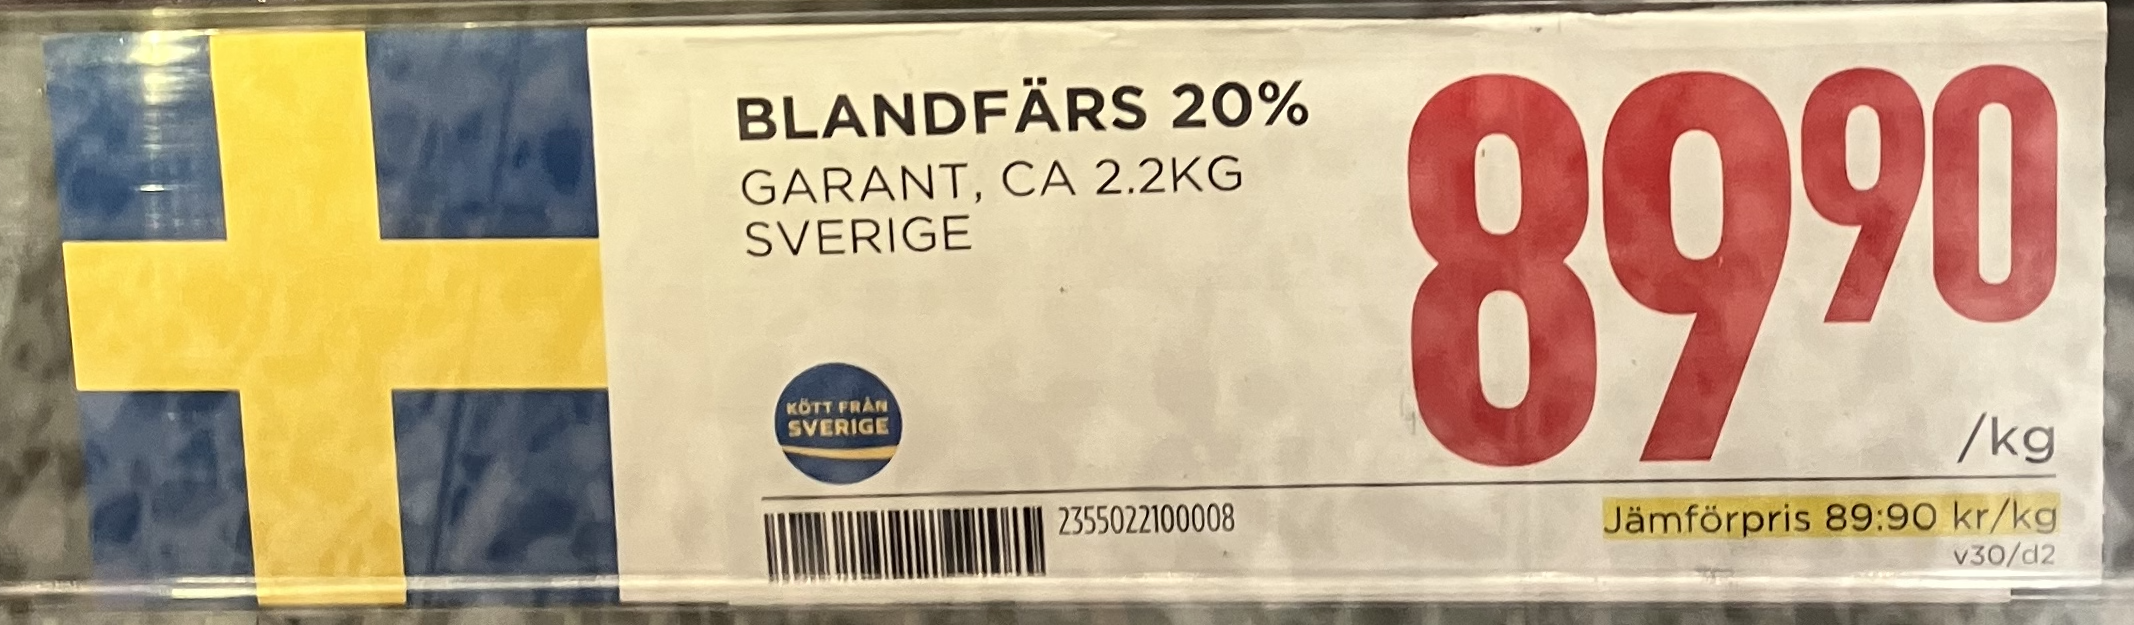
Vara: Blandfärs 20%
Genomsnittspris: 89.9 per kg